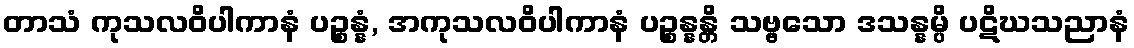
တာသံ ကုသလဝိပါကာနံ ပဉ္စန္နံ, အကုသလဝိပါကာနံ ပဉ္စန္နန္တိ သဗ္ဗသော ဒသန္နမ္ပိ ပဋိဃသညာနံ